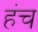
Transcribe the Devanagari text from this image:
हंच